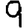
Digit: 9